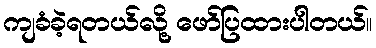
ကျခံခဲ့ရတယ်လို့ ဖော်ပြထားပါတယ်။